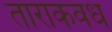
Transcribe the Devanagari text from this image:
ताराकवध